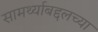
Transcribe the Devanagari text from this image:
सामर्थ्याबद्दलच्या